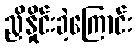
ညှိနှိုင်းခဲ့ကြောင်း